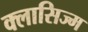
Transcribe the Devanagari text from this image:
क्लासिज्म